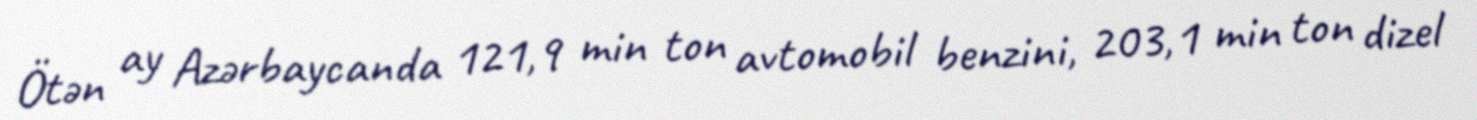
Ötən ay Azərbaycanda 121,9 min ton avtomobil benzini, 203,1 min ton dizel